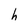
Character: h